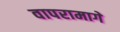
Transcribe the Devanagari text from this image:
वापरामागे